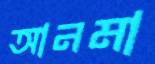
আনমা